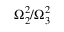
\Omega _ { 2 } ^ { 2 } / \Omega _ { 3 } ^ { 2 }